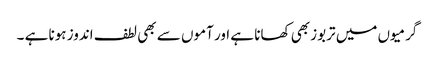
گرمیوں میں تربوز بھی کھانا ہے اور آموں سے بھی لطف اندوز ہونا ہے ۔